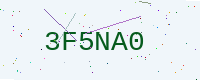
Text: 3F5NA0